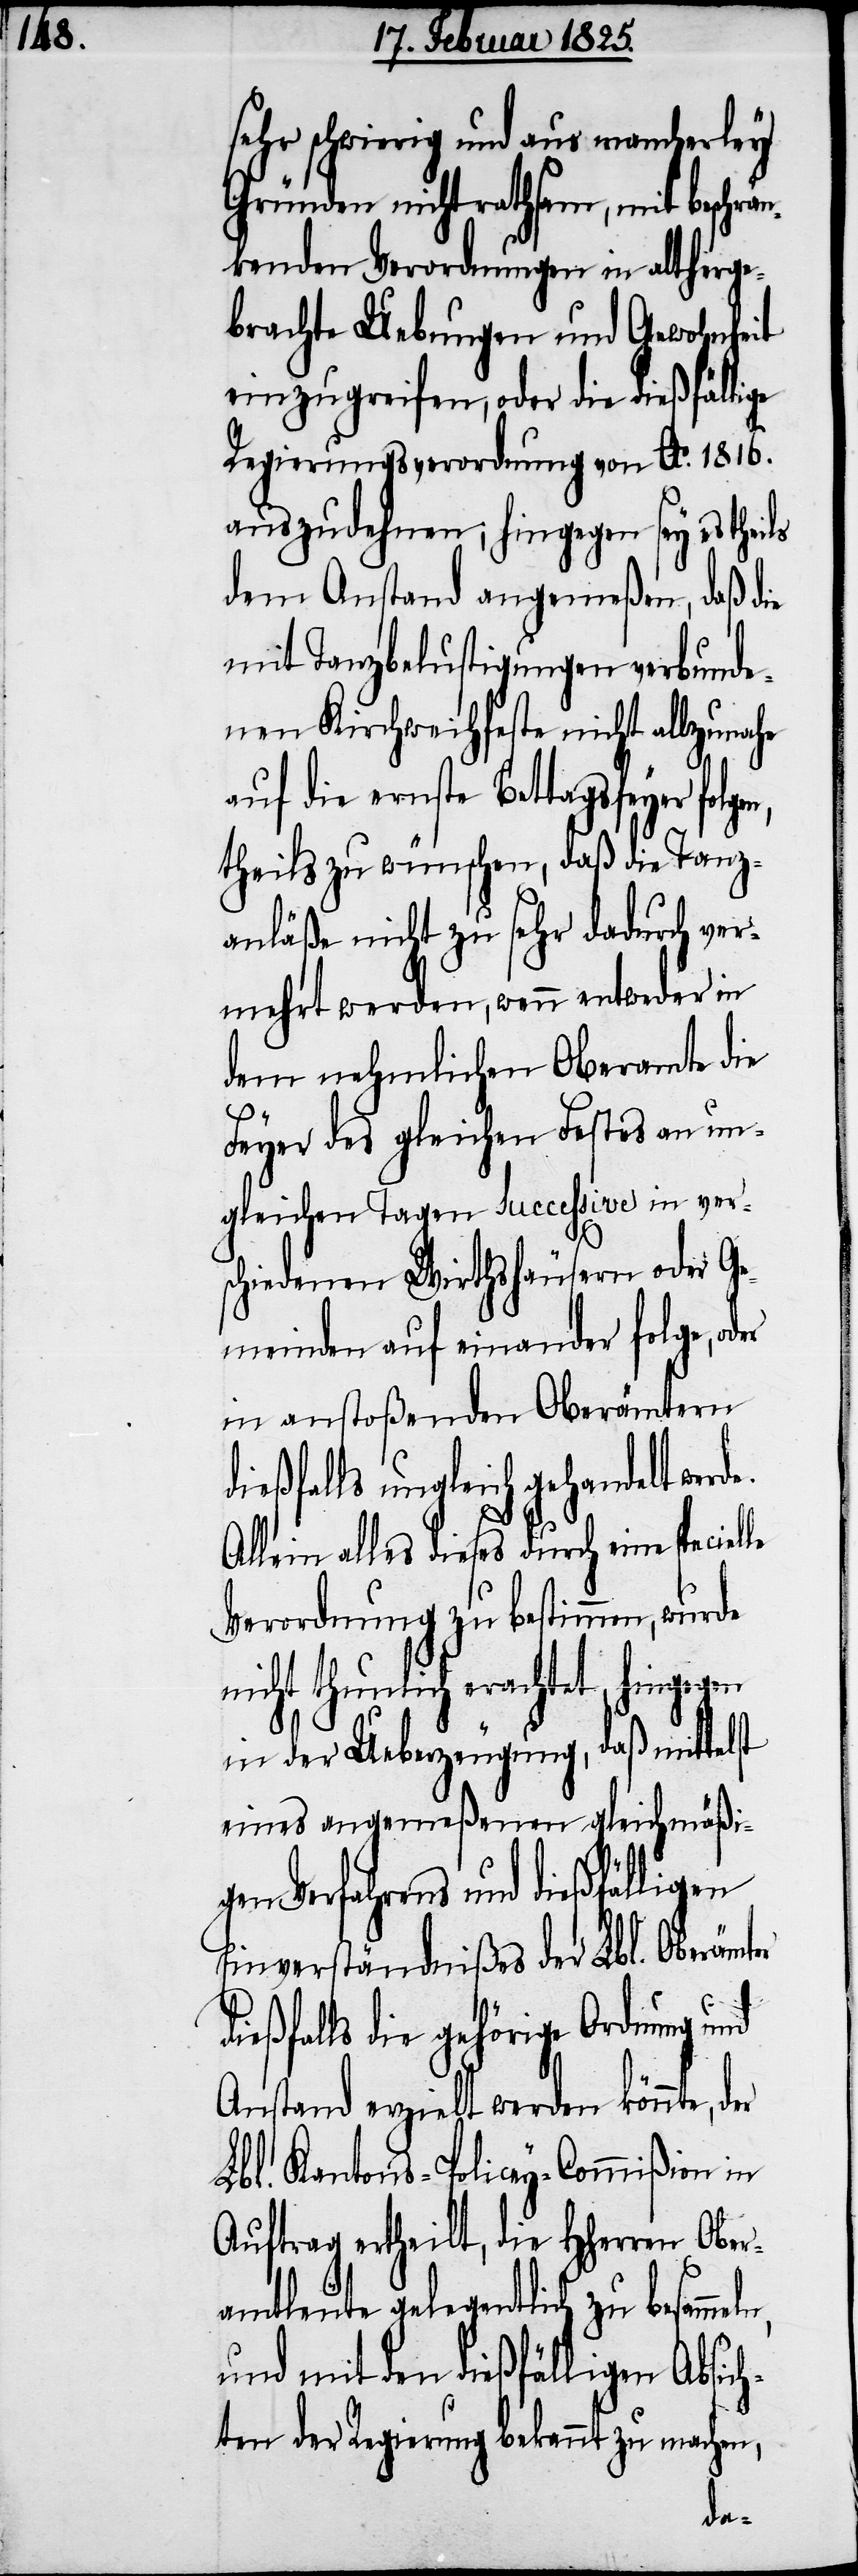
sehr schwierig und aus mancherley
Gründen nicht rathsam, mit beschrä¬
nkenden Verordnungen in altherge¬
brachte Uebungen und Gewohnheit
einzugreifen, oder die dießfällige
Regierungsverordnung von Ao. 1816.
auszudehnen; hingegen sey es theils
dem Anstand angemeßen, daß die
mit Tanzbelustigungen verbunde¬
nen Kirchweihfeste nicht allzunahe
auf die ernste Bettagsfeyer folgen,
theils zu wünschen, daß die Tanz¬
anläße nicht zu sehr dadurch ver¬
mehrt werden, wenn entweder in
dem nehmlichen Oberamte die
Feyer des gleichen Festes an un¬
gleichen Tagen successive in ver¬
schiedenen Wirthshäusern oder Ge¬
meinden auf einander folge, o¬
in anstoßenden Oberämtern
ießfalls ungleich gehandelt wer¬
Allein alles dieses durch eine speciel¬
Verordnung zu bestimmen, wurde
thunlich erachtet, hingegen
in der Ueberzeugung, daß mittelst
eines angemeßenen gleichmäßi¬
gen Verfahrens und dießfälligen
Einverständnißes der Lbl. Oberämter
ießfalls die gehörige Ordnung und
Anstand erzielt werden könnte,
Lbl. Kantons-Policey-Commißion in
Auftrag ertheilt, die HHerren Ober¬
amtleute gelegentlich zu besamme¬
und mit den dießfälligen Absich¬
ten der Regierung b¬
ekannt zu machen,
ln,